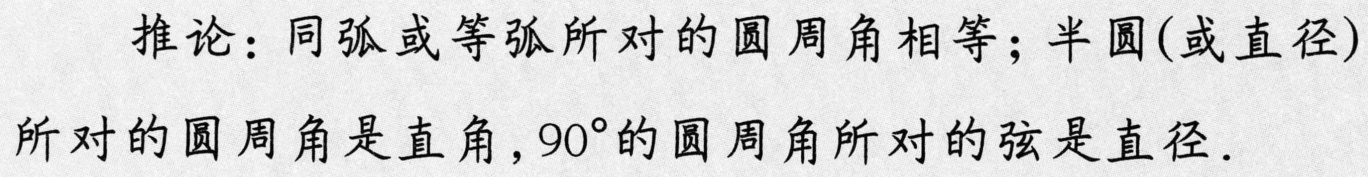
推论：同弧或等弧所对的圆周角相等；半圆(或直径)所对的圆周角是直角，\(90^{\circ}\)的圆周角所对的弦是直径.